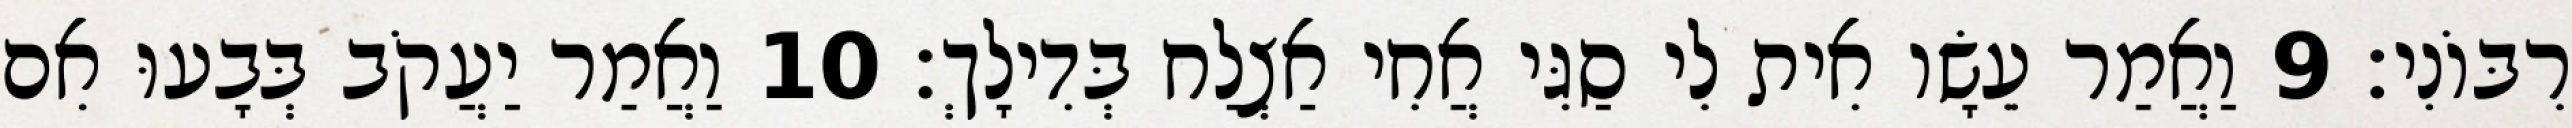
רִבּוֹנִי׃ 9 וַאֲמַר עֵשָׂו אִית לִי סַגִּי אֲחִי אַצְלַח בְּדִילָךְ׃ 10 וַאֲמַר יַעֲקֹב בְּבָעוּ אִם